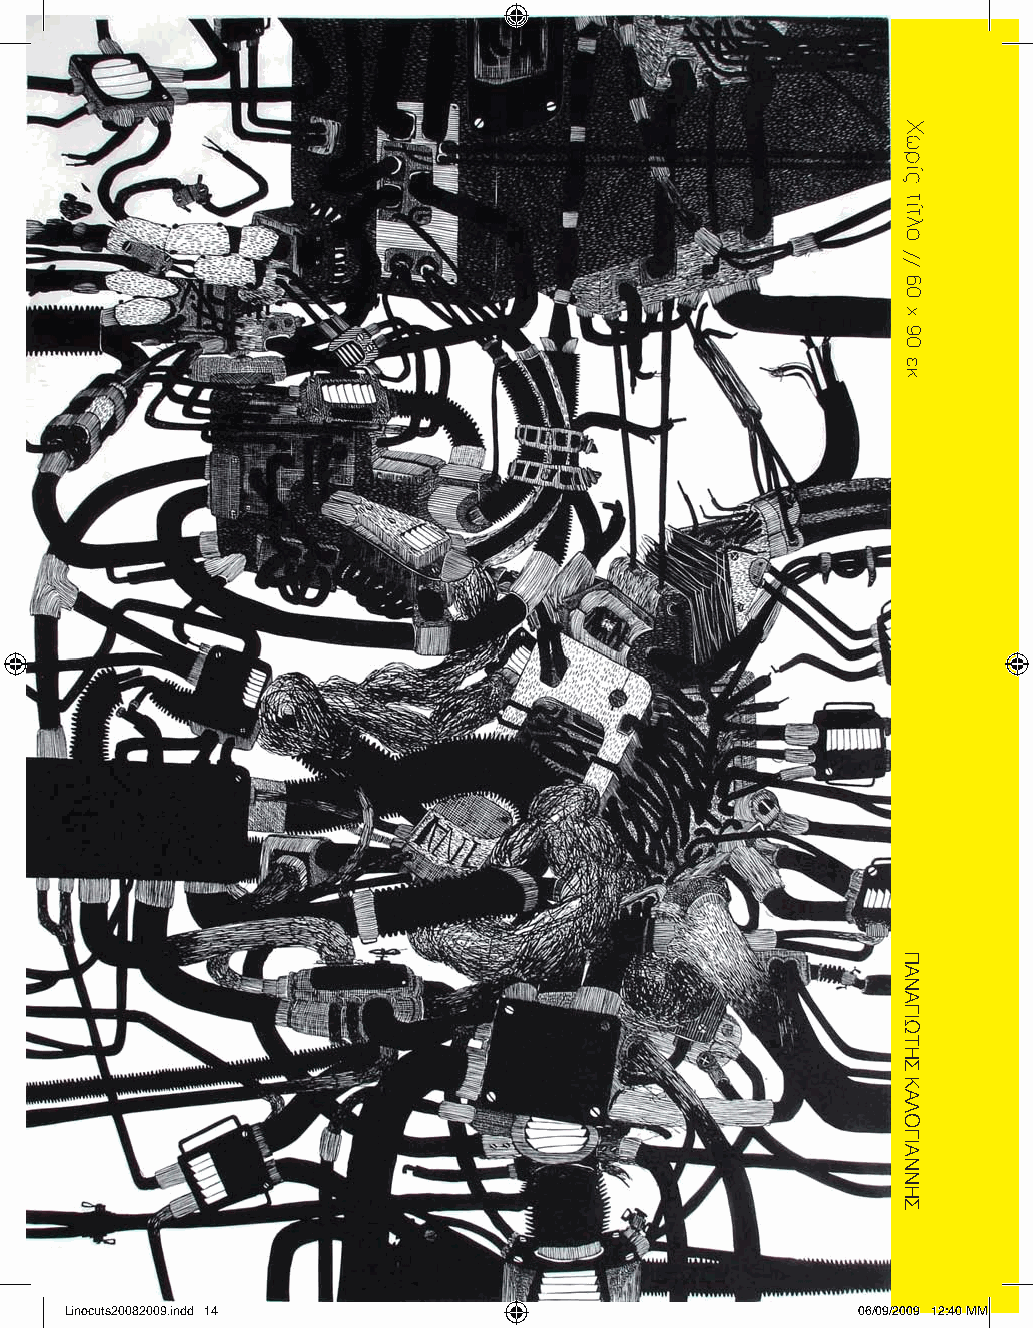
Linocuts20082009.indd 14                             06/09/2009 12:40 ΜΜ
 Χωρίς
 τίτλο
 //
 60
 x
 90
 εκ.
 ΠΑΝΑΓΙΩΤΗΣ
 ΚΑΛΟΓΙΑΝΝΗΣ